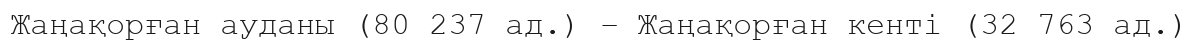
Жаңақорған ауданы (80 237 ад.) – Жаңақорған кенті (32 763 ад.)